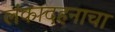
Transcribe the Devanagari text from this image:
लंकादहनाचा